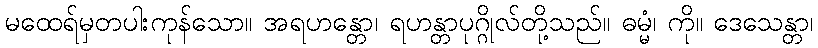
မထေရ်မှတပါးကုန်သော။ အရဟန္တော၊ ရဟန္တာပုဂ္ဂိုလ်တို့သည်။ ဓမ္မံ၊ ကို။ ဒေသေန္တာ၊